画像に写った文字を読んでください
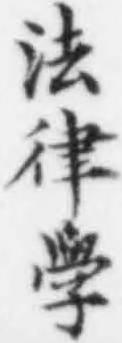
「法律學」と書いてあります